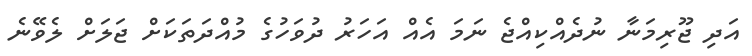
އަދި ޖޫރިމަނާ ނުދެއްކިއްޖެ ނަމަ އެއް އަހަރު ދުވަހުގެ މުއްދަތަކަށް ޖަލަށް ލެވޭނެ